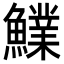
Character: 𩼋